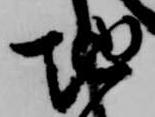
地